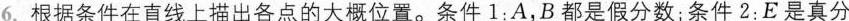
6.根据条件在直线上描出各点的大概位置。条件1：A，B都是假分数；条件2：E是真分